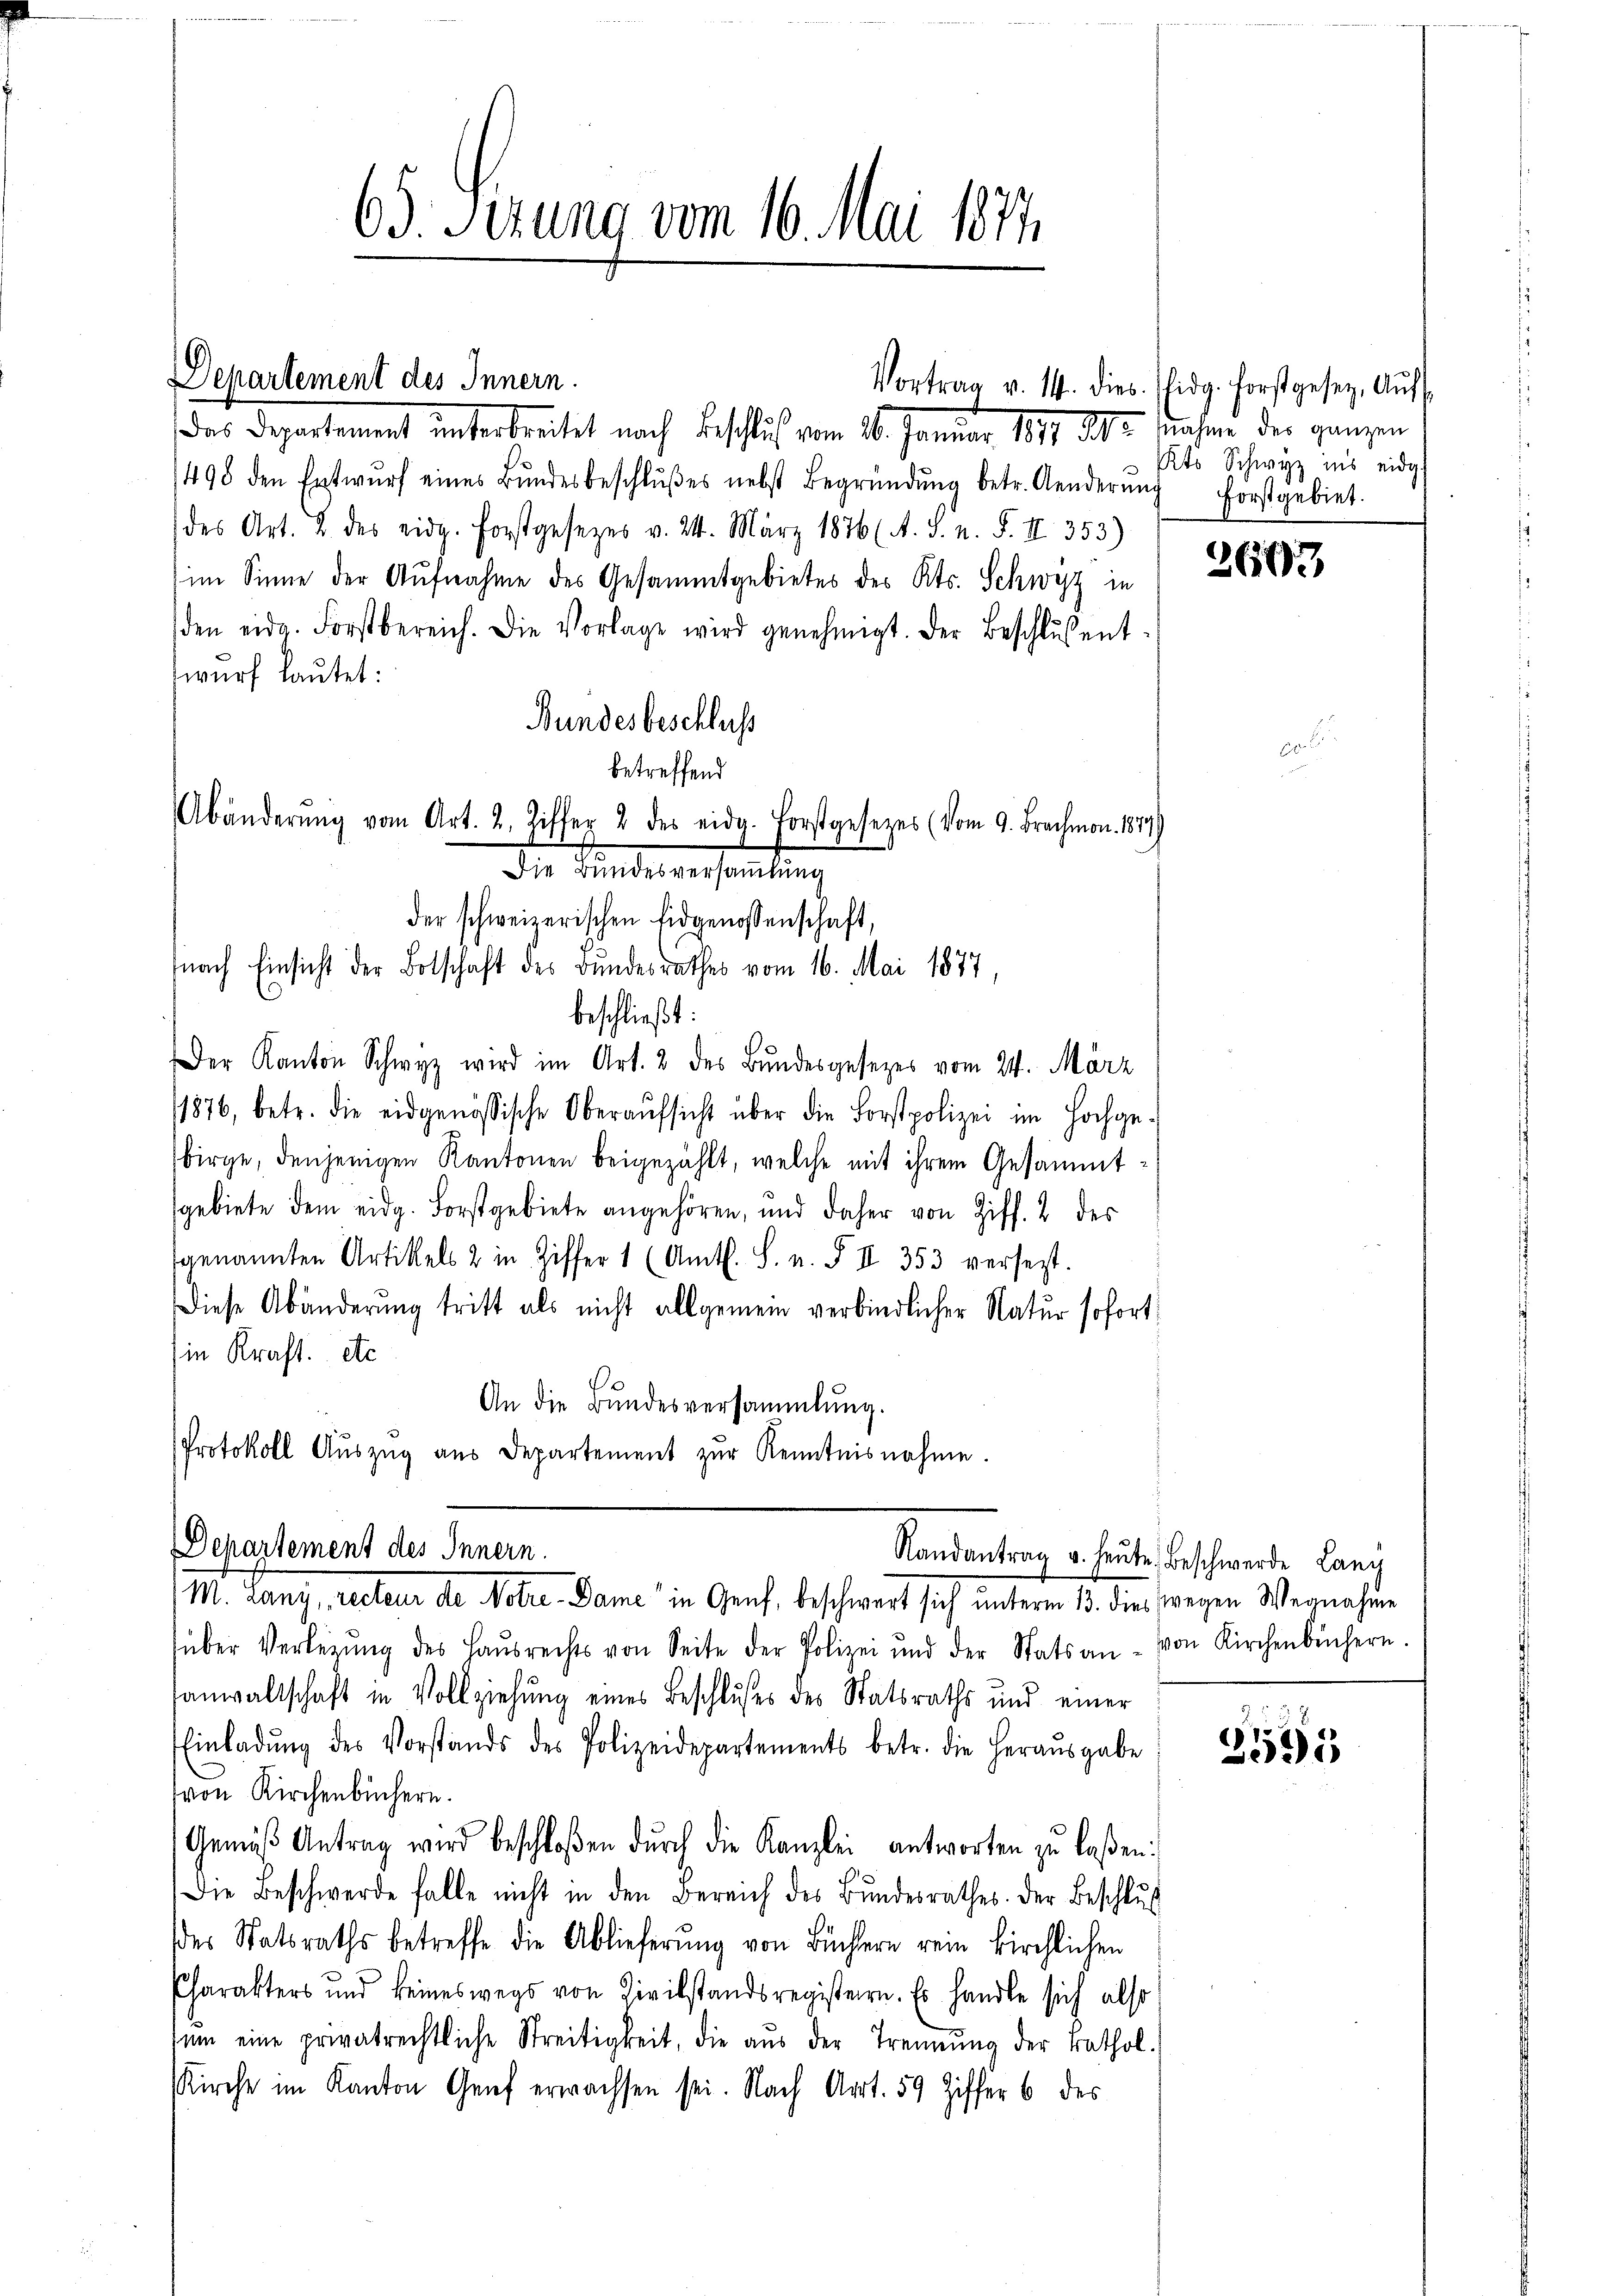
Departement des Innern.

Abänderŭng vom Art. 2. Ziffer 2 des eid. Forstgesezes (vom 9. Brachmon. 1874
Die Bundesversamlung
der schweizerischen Eidgenossenschaft,

498 den Entwŭrf eines Bŭndesbeschlŭβes nebst Begründŭng betr. Anderŭng forstgebiet.
des Art. 2. des eidg. Forstgesezes v. 24. März 1876 (A. S. n. F. II 353)
im Sinne der Aŭfnahme des Gesammtgebietes des Kts. Schwyz in
den eidg. Forstbereich. Die Vorlage wird genehmigt. Der Beschlŭsent-
wurf lautet:
Bundesbeschluss
betreffend
nach Einsicht der Botschaft des Bundesrathes vom 16. Mai 1877,
d
beschließt:
Der Kanton Schwyz wird im Art. 2 des Bundesgesezes vom 24. März
1876, betr. die eidgenössische Oberaŭfsicht über die Forstpolizei im Hochge-
birge, denjenigen Kantonen beigezählt, welche mit ihrem Gesammtsgebiete dem eidg. Forstgebiete angehören, und daher von Ziff. 2 des
genannten Artikels 2 in Ziffer 1 (Amts. S. n. F. II 353 versetzt.
Diese Abänderung tritt als nicht allgemein verbindlicher Natur sofort
Ein Kraft. etc
An die Bundesversammlung.
Protokoll Aŭszŭg aŭs Departement zŭr Kenntnisnahme.

65. Sizung vom 16. Mai 1874.

Vortrag v. 14. dies Eidg. Forstgesez, Aŭf
das Departement unterbreitet nach Beschluß vom 26. Januar 1891 de suchen der ganzen

Departement des Innern.
M. Lanz, recteur de Notre-Dame in Genf, beschwert sich unterm 13. dies wegen Wegnahme

Kts Schwyz ins eidg.

über Verlegŭng des Haŭsrechts von Seite der Polizei und der Stats an - von Kirchenbüchern
sanwaltschaft in Vollziehung eines Beschluses des Statsraths und einer
Einladŭng des Vorstands des Polizeidepartements betr. die heraŭsgabe
(von Kirchenbüchern.
Gemäβ Antrag wird beschloßen dŭrch die Kanzlei antworten zu laßen:
Die Beschwerde falle nicht in den Bereich des Bŭndesrathes. Der Beschluß
des Statsraths betreffe die Ablieferŭng von Büchern rein kirchlichen
Charakters und keineswegs von Zivilstandsregistern. Es handle sich also
sŭm eine privatrechtliche Streitigkeit, die aŭs der Trennung der kathol.
Kirche im Kanton Genf erwachsen sei. Nach Art. 59 Ziffer 6 des

2607

Randantrag u. heute Beschwerde Lany

291